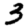
Digit: 3